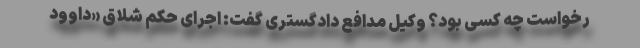
رخواست چه کسی بود؟ وکیل مدافع دادگستری گفت: اجرای حکم شلاق «داوود